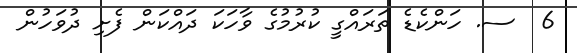
6  ސ. ހަންކެޑެ ތަރައްގީ ކުރުމުގެ ވާހަކަ ދައްކަން ފެށި ދުވަހުން